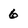
Character: 6